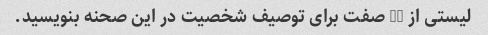
لیستی از 15 صفت برای توصیف شخصیت در این صحنه بنویسید.